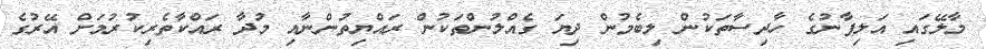
މާލޭގައި އަލިފާނުގެ ހާދިސާތަކުން ލިބެމުން ދިޔަ ގެއްލުންތަކުން ރައްޔިތުންނާއި މުދާ ރައްކާތެރިކުރުމަށް އޭރުގެ